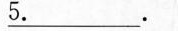
\underline{5.}.